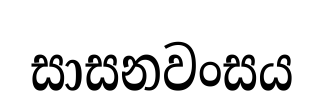
සාසනවංසය